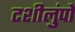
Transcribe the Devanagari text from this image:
टशीलुंपो